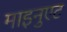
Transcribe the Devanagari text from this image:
माइनुएट